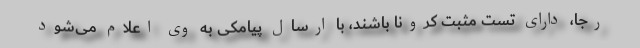
رجا، دارای تست مثبت کرونا باشند، با ارسال پیامکی به وی اعلام می‌شود